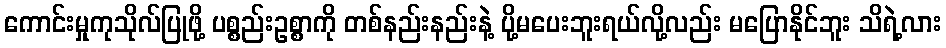
ကောင်းမှုကုသိုလ်ပြုဖို့ ပစ္စည်းဥစ္စာကို တစ်နည်းနည်းနဲ့ ပို့မပေးဘူးရယ်လို့လည်း မပြောနိုင်ဘူး သိရဲ့လား